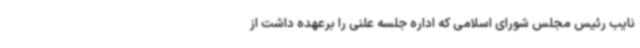
نایب رئیس مجلس شورای اسلامی که اداره جلسه علنی را برعهده داشت از